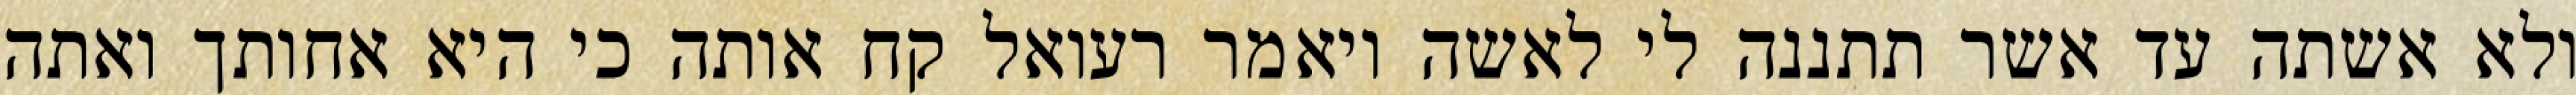
ולא אשתה עד אשר תתננה לי לאשה ויאמר רעואל קח אותה כי היא אחותך ואתה